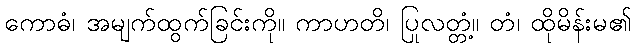
ကောဓံ၊ အမျက်ထွက်ခြင်းကို။ ကာဟတိ၊ ပြုလတ္တံ့။ တံ၊ ထိုမိန်းမ၏